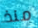
منذ